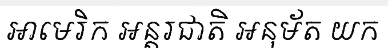
អាមេរិក អន្តរជាតិ អនុម័ត យក